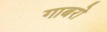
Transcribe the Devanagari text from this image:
गाबरो